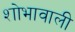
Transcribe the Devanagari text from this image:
शोभावाली